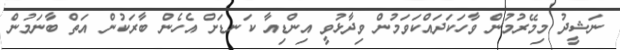
ނަޝީދު މިމޭރުމުން ވާހަކަދައްކަވަމުން ވިދާޅުވީ އިންޑިއާ ކަނޑަށް އެހެން ބާރަކުން އަތް ބާނަމުން